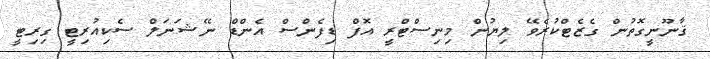
ޤާނޫނީގޮތުން ގެޒެޓްކުރެވޭ ލިޔުން މިނިސްޓްރީ އޮފް ޑިފެންސް އެންޑް ނޭޝަނަލް ސެކިއުރިޓީ ގިރިޓީ